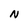
Character: N